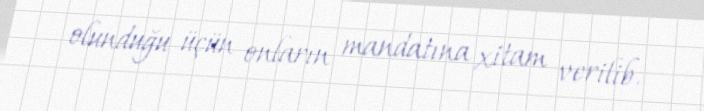
olunduğu üçün onların mandatına xitam verilib.